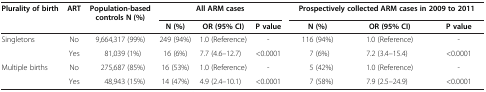
<table><thead><tr><td><b>Plurality of birth</b></td><td><b>ART</b></td><td><b>Population-based controls N (%)</b></td><td colspan="3"><b>All ARM cases</b></td><td colspan="3"><b>Prospectively collected ARM cases in 2009 to 2011</b></td></tr><tr><td><b> </b></td><td><b> </b></td><td><b> </b></td><td><b>N (%)</b></td><td><b>OR (95% CI)</b></td><td><b>P value</b></td><td><b>N (%)</b></td><td><b>OR (95% CI)</b></td><td><b>P value</b></td></tr></thead><tbody><tr><td>Singletons</td><td>No</td><td>9,664,317 (99%)</td><td>249 (94%)</td><td>1.0 (Reference)</td><td>-</td><td>116 (94%)</td><td>1.0 (Reference)</td><td>-</td></tr><tr><td> </td><td>Yes</td><td>81,039 (1%)</td><td>16 (6%)</td><td>7.7 (4.6–12.7)</td><td>&lt;0.0001</td><td>7 (6%)</td><td>7.2 (3.4–15.4)</td><td>&lt;0.0001</td></tr><tr><td>Multiple births</td><td>No</td><td>275,687 (85%)</td><td>16 (53%)</td><td>1.0 (Reference)</td><td>-</td><td>5 (42%)</td><td>1.0 (Reference)</td><td>-</td></tr><tr><td> </td><td>Yes</td><td>48,943 (15%)</td><td>14 (47%)</td><td>4.9 (2.4–10.1)</td><td>&lt;0.0001</td><td>7 (58%)</td><td>7.9 (2.5–24.9)</td><td>&lt;0.0001</td></tr></tbody></table>